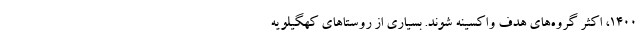
۱۴۰۰، اکثر گروه‌های هدف واکسینه شوند. بسیاری از روستاهای کهگیلویه